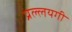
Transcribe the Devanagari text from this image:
प्रल्लयगी